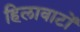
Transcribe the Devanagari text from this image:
हिलावाटों